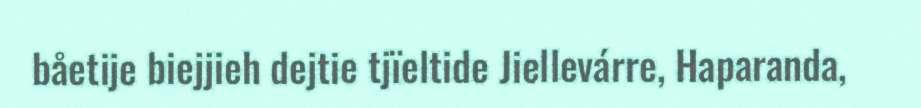
båetije biejjieh dejtie tjïeltide Jiellevárre, Haparanda,